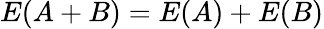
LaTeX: E(A+B)=E(A)+E(B)